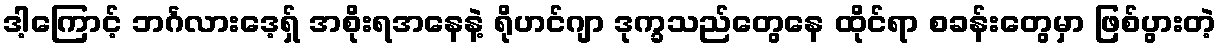
ဒါ့ကြောင့် ဘင်္ဂလားဒေ့ရှ် အစိုးရအနေနဲ့ ရိုဟင်ဂျာ ဒုက္ခသည်တွေနေ ထိုင်ရာ စခန်းတွေမှာ ဖြစ်ပွားတဲ့